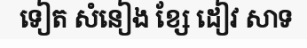
ទៀត សំនៀង ខ្សែ ដៀវ សាទ